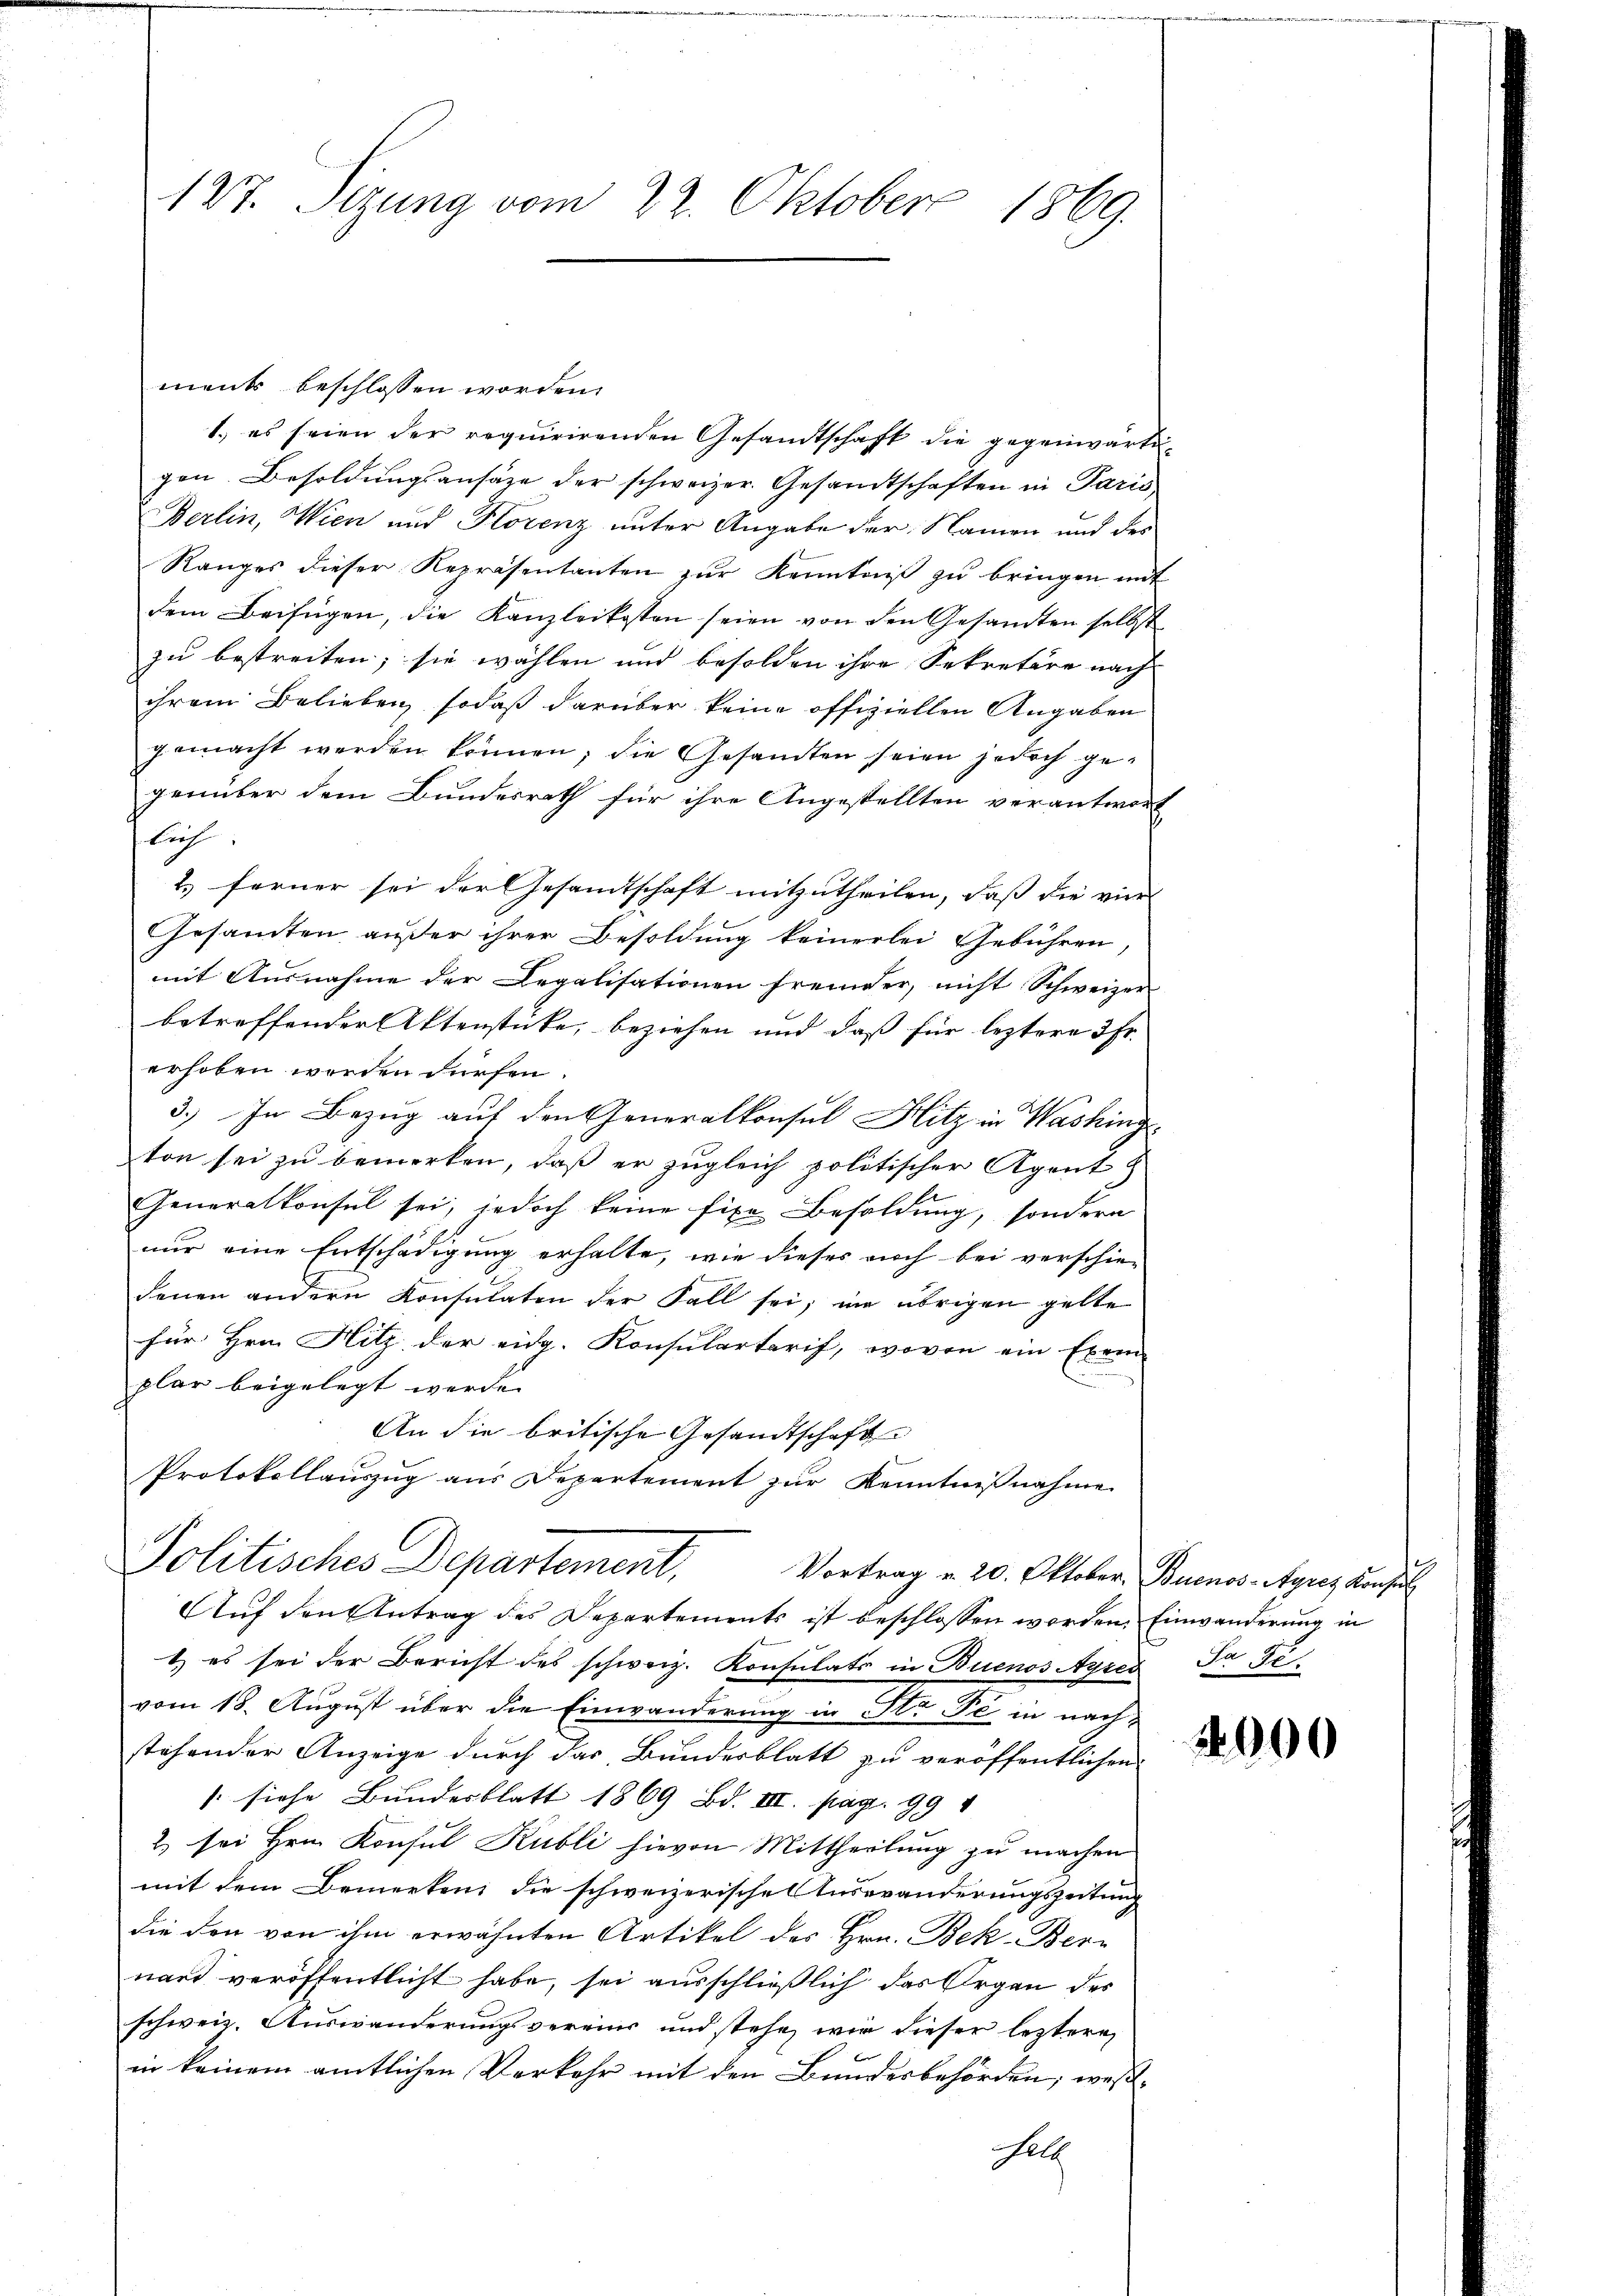
127. Sizung vom 22. Oktober 1869.

menk beschlossen worden.
1.) es seien der requirirenden Gesandtschaft die gegenwärti-
gen. Besoldŭngsansätze der schweizer. Gesandtschaften in Paris
Berlin, Wien und Klorenz unter Angabe der Namen und des
Ranges dieser Repräsentanten zŭr Kenntniβ zŭ bringen mit
dem Beifügen, die Kanzleikosten seien von den Gesamten selbst
zu bestreiten; sie wählen und besolden ihre Sekretäre nach
ihrem Belieben, sodaß darüber keine offiziellen Angaben
gemacht werden können; die Gesandten seien jedoch gegenüber dem Bundesrath für ihre Angestellten verantwort
Liefe,
2) ferner sei der Gesandtschaft mitzutheilen, dass die vier
Gesamten außer ihrer Besoldung keinerlei Gebühren,
mit Ausnahme der Legalisationen fremder, nicht Schweizer
betreffender Aktenstücke, beziehen und daß für leztere 3 Fr.
erhoben worden dürfen.
3.) In Bezug auf den Generalkonsul Hitz in Washing
ton sei zu bemerken, daß er zugleich politischer Agent &
Generalkonsul sei, jedoch keine fixe Besoldung, sondern
nur eine Entschädigung erhalte, wie dieses noch bei verschiedenen andern Konsulaten der Fall sei, im übrigen gelte
für Hrn. Hitz der eidg. Konsulartarif, wovon ein Exem
plar beigelegt werde.
An die britische Gesandtschaft
Protokollauszug aus Departement zur Kenntnißnahme
Politisches Departement,
Vortrag v. 20. Oktober, Buenos-Ayres Konsul
Auf den Antrag des Departements ist beschlossen worden. Einwanderung in
1) es sei der Bericht des schweiz. Konsulats in Buenos Ayres Ja Fe
vom 18. August über die Einwanderung in St. Je in nachstehender Anzeige durch das Bundesblatt zu veröffentlichen
(siehe Bundesblatt 1869 Bd. III. pag. 994
2. sei Hrn. Konsul Kubli hievon Mittheilung zu machen
mit dem Bemerken die schweizerische Auswänderungszeitung
die den von ihm erwähnten Artikel des Hrn. Bek-Bern
nard veröffentlicht habe, sei ausschließlich das Organ des
schweiz. Auswanderungsvereins und stehe, wir dieser leztere
in keinem amtlichen Verkehr mit den Bundesbehörden; wes
Gelb

2000